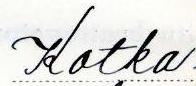
Kotka